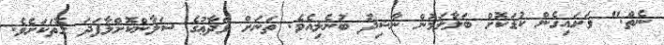
ނެތް." ވަށައިގެން ކުޑަކޮށް ބަލާލަމުން ނާޝިދު ބުނެލިއެވެ. ތަނަށް ވަދާޢުގެ ސަލާންކޮށްލާފަދަ ގޮތަކަށެވެ.